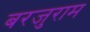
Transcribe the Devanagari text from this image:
बरजुराम